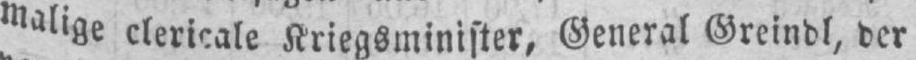
malige clericale Kriegsminister, General Greindl, der